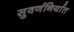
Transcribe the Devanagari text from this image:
सुवर्णनिर्यात